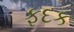
ફદક